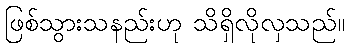
ဖြစ်သွားသနည်းဟု သိရှိလိုလှသည်။